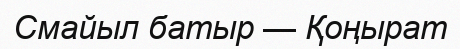
Смайыл батыр — Қоңырат